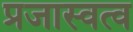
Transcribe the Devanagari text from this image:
प्रजास्वत्व